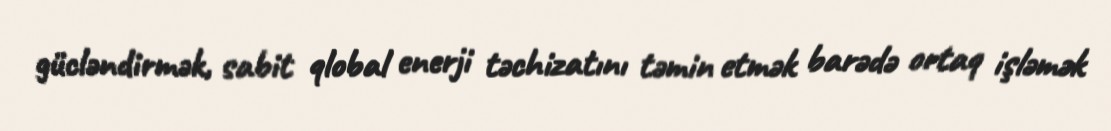
gücləndirmək, sabit qlobal enerji təchizatını təmin etmək barədə ortaq işləmək